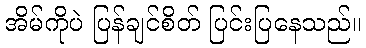
အိမ်ကိုပဲ ပြန်ချင်စိတ် ပြင်းပြနေသည်။